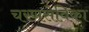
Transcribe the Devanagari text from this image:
चरणसेविका